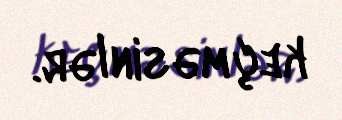
keçməsinlər.